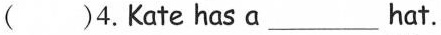
( )4. Kate has a ___ hat.